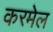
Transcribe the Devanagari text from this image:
करमेल